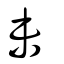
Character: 未